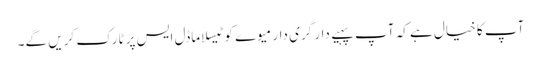
آپ کا خیال ہے کہ آپ پہیے دار گری دار میوے کو ٹیسلا ماڈل ایس پر ٹارک کریں گے۔